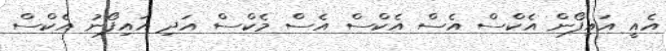
އެއީ އައިފޯން އެކްސް އެސް އެކްސް އެސް މެކްސް އަދި އައިފޯނު އެކްސް